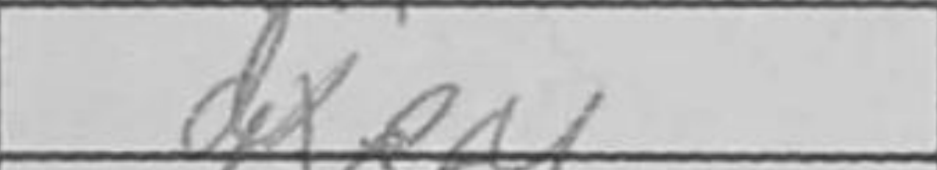
Transcription: dxe4